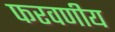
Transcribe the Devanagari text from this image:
फरवणीय